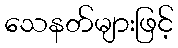
သေနတ်များဖြင့်